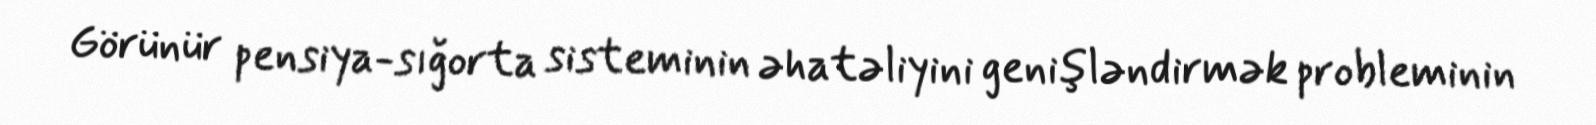
Görünür pensiya-sığorta sisteminin əhatəliyini genişləndirmək probleminin